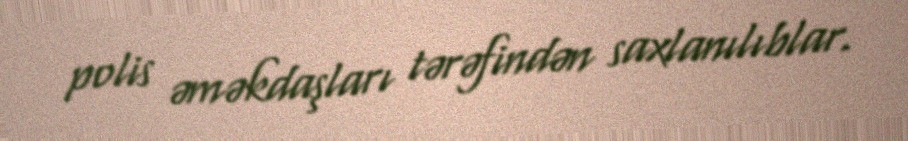
polis əməkdaşları tərəfindən saxlanılıblar.